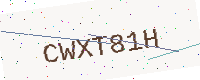
Text: CWXT81H